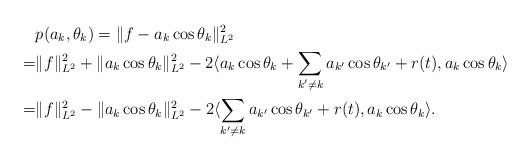
\begin{align*} &p(a_k, \theta_k)=\|f-a_k\cos \theta_k\|_{L^2}^2 \\ =&\|f\|_{L^2}^2+\|a_k\cos \theta_k\|_{L^2}^2-2\langle a_k\cos \theta_k+\sum_{k'\neq k}a_{k'}\cos\theta_{k'}+r(t), a_k\cos \theta_k\rangle \\ =&\|f\|_{L^2}^2-\|a_k\cos \theta_k\|_{L^2}^2-2\langle \sum_{k'\neq k}a_{k'}\cos\theta_{k'}+r(t), a_k\cos \theta_k\rangle. \end{align*}